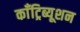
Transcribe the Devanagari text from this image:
काँट्रिब्यूशन